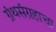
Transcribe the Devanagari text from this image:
ग्रंथसंग्रहाचा